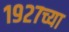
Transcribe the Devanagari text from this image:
१९२७च्या